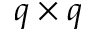
q \times q